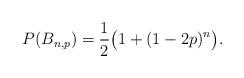
LaTeX: \begin{align*}P(B_{n,p})=\frac 12\big(1+(1-2p)^n\big).\end{align*}